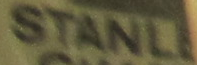
STANL